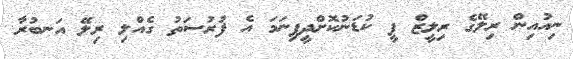
ނިއުއިން ރިލޭގެ ރިލީޒް ފީ ކުޑަނުކޮށްދީފިނަމަ އެ ފުރުސަތު ގެއްލި ރިލޭ އަނބުރާ